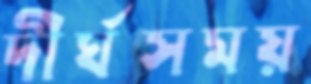
দীর্ঘসময়